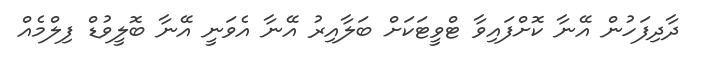
ދާދިފަހުން އޭނާ ކޮށްފައިވާ ޓްވީޓަކަށް ބަލާއިރު އޭނާ އެވަނީ އޭނާ ބޮލީވުޑް ފިލްމެއް